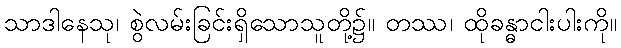
သာဒါနေသု၊ စွဲလမ်းခြင်းရှိသောသူတို့၌။ တဿ၊ ထိုခန္ဓာငါးပါးကို။